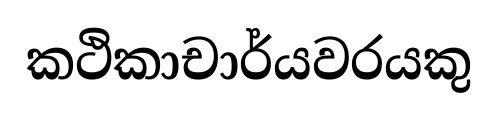
කථිකාචාර්යවරයකු